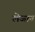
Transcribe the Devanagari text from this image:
लेजान